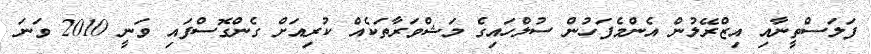
ފަލަސްތީނާއި އިޒްރޭލުން އެންމެފަހުން ސުލްހައިގެ މަޝްވަރާތަކެއް ކުރިއަށް ގެންގޮސްފައި ވަނީ 2010 ވަނަ